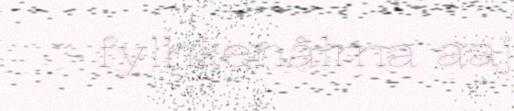
fylhkenålma aaj